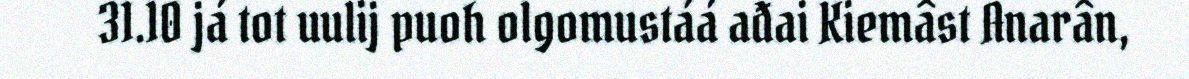
31.10 já tot uulij puoh olgomustáá ađai Kiemâst Anarân,